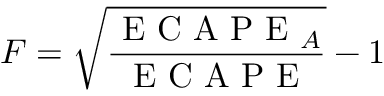
F = \sqrt { \frac { \mathrm { ~ E ~ C ~ A ~ P ~ E ~ } _ { A } } { \mathrm { ~ E ~ C ~ A ~ P ~ E ~ } } } - 1